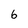
Character: 6